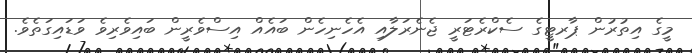
މީގެ އިތުރުން ޕާރޓީގެ ސެކްރެޓަރީ ޖެނެރަލާއި އެހެނިހެން ބައެއް އިސްވެރީން ބައިވެރިވެ ވަޑައިގަތެވެ.